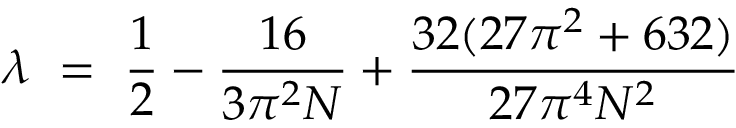
\lambda ~ = ~ \frac { 1 } { 2 } - \frac { 1 6 } { 3 \pi ^ { 2 } N } + \frac { 3 2 ( 2 7 \pi ^ { 2 } + 6 3 2 ) } { 2 7 \pi ^ { 4 } N ^ { 2 } }